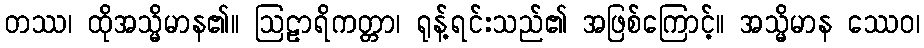
တဿ၊ ထိုအသ္မိမာန၏။ ဩဠာရိကတ္တာ၊ ရုန့်ရင်းသည်၏ အဖြစ်ကြောင့်။ အသ္မိမာန ဿေဝ၊